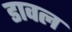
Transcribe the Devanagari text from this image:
डावल